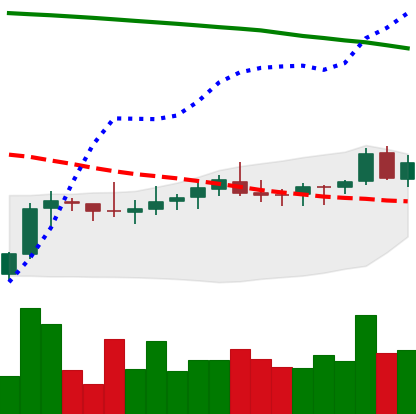
Ticker: XLM-USD
Chart end date: 2021-08-09
Forward return: 32.04%
Label: up_7plus